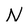
Character: N